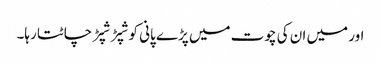
اور میں ان کی چوت میں پڑے پانی کو شپڑ شپڑ چاٹتا رہا۔